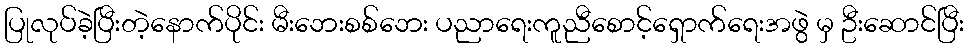
ပြုလုပ်ခဲ့ပြီးတဲ့နောက်ပိုင်း မီးဘေးစစ်ဘေး ပညာရေးကူညီစောင့်ရှောက်ရေးအဖွဲ မှ ဦးဆောင်ပြီး